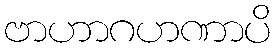
ဗာဟာဂဟဏာပိ